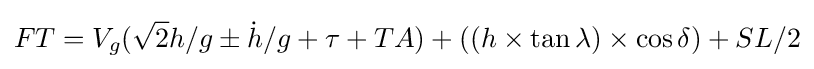
FT=V_{g}({\sqrt {2}}h/g\pm {\dot {h}}/g+\tau +TA)+((h\times \tan \lambda )\times \cos \delta )+SL/2